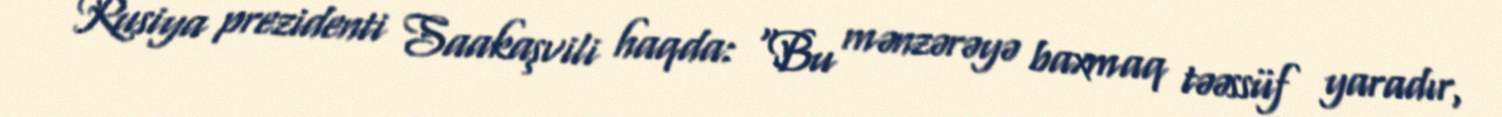
Rusiya prezidenti Saakaşvili haqda: “Bu mənzərəyə baxmaq təəssüf yaradır,